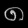
Digit: ၈